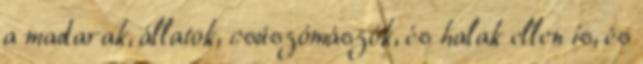
a madarak, állatok, csúszómászók, és halak ellen is, és